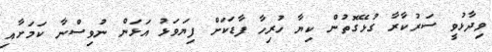
ވިދާޅުވީ ސަރުކާރާ ގުޅޭގޮތުން ކިޔާ ހުރިހާ ފާޑަކަށް ފިޔަވަޅު އަޅަން ނުވިސްނާ ކަމަށާއި